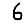
Digit: 6